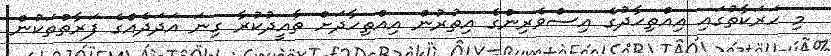
މި ހަރަކާތުގައި އިއްތިހާދުގެ އިސްވެރިންގެ އިތުރުން އިއްތިހާދަށް ތާއީދުކުރާ ގިނަ އަދަދެއްގެ ފަރާތްތަކުން